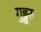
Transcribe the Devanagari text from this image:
गुड्डरु